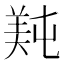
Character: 𬙴